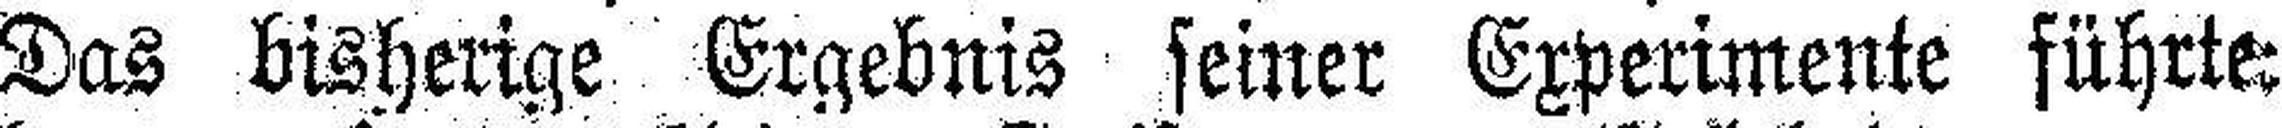
Das bisherige Ergebnis seiner Experimente führte: